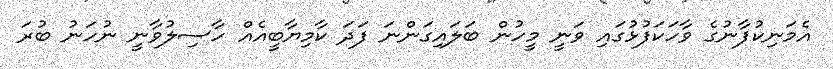
އެމަނިކުފާނުގެ ވާހަކަފުޅުގައި ވަނީ މީހުން ބަލައިގަންނަ ފަދަ ކާމިޔާބީއެއް ހާސިލުވާނީ ނުހަނު ބުރަ